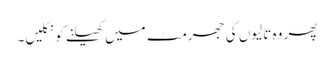
پھر وہ تالیوں کی جھرمٹ میں کھیلنے کو نکلیں۔